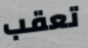
تعقب